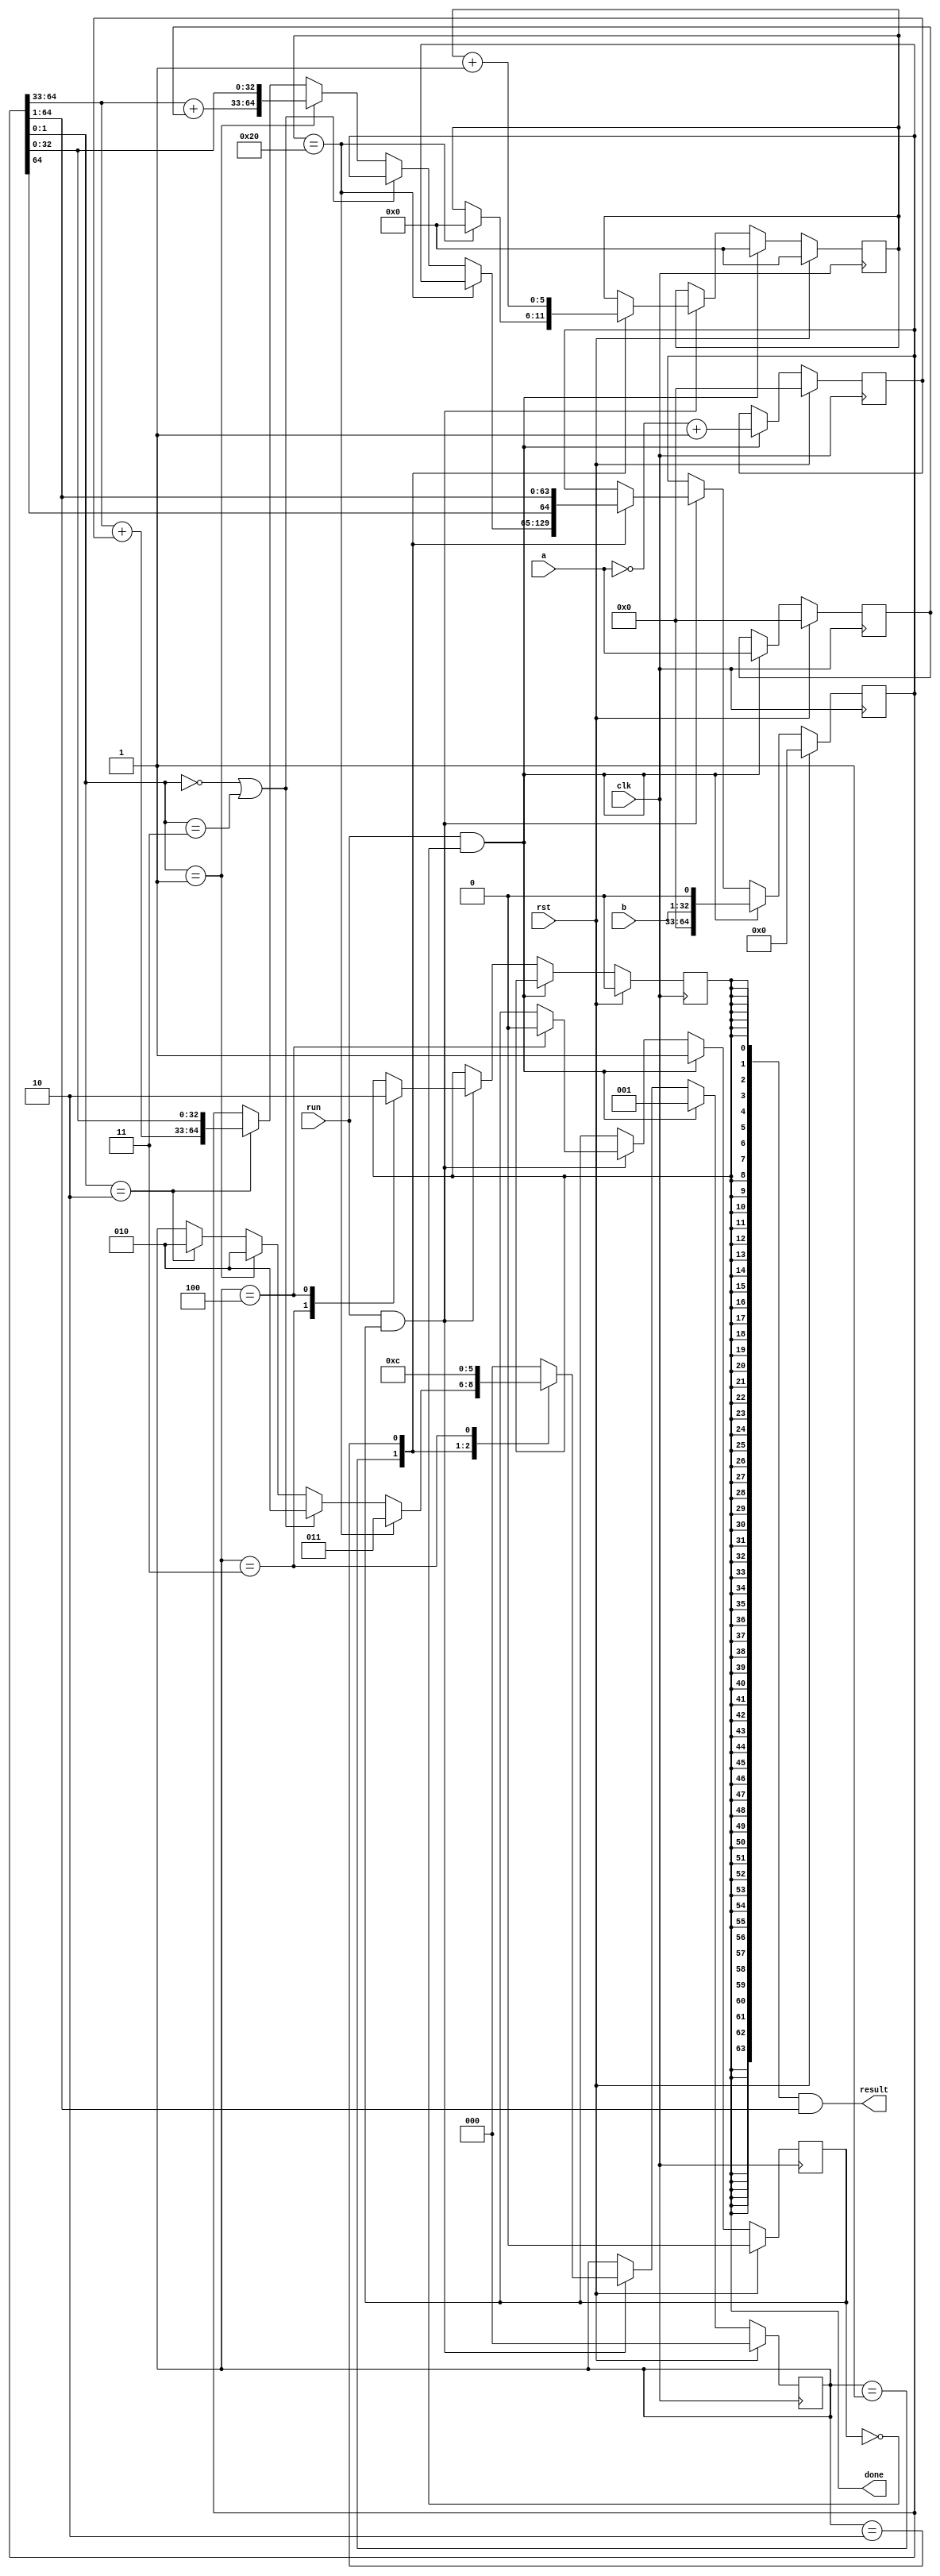
`timescale 10 ns / 1 ns
module mul(
	input clk,
	input rst,
	input [31:0] a,
	input [31:0] b,
	input run,
	output [63:0] result,
	output done
);
//booth 11 

	reg [2:0] i; //procedure
	reg [64:0] P; 
	reg [31:0] a_tmp;
	reg [31:0] a_rev;// complement code
	reg [5:0] cnt;// count the time of loop
	reg isDone;
	reg inWork;
	
	always @ (posedge clk)
	begin
		if(rst)
		begin
			i<=0;
			P<=0;
			a_tmp <=0;
			a_rev <=0;
			cnt <=0;
			isDone <=0;
			inWork <=0;
		end
		else if(run & ~inWork)//initial work
		begin
			inWork <=1;
			a_tmp <= a;
			a_rev <= ~a +1'b1;
			P <= {32'b0, b, 1'b0 };
			i <= 1;
			cnt <=0;
		end
		else if(run & inWork)
		begin
			case(i)
				//operate
				1:begin 
					if(cnt==32)
					begin
						cnt <=0;
						i <= 3;
					end
					else if( P[1:0] ==2'b00 | P[1:0] == 2'b11)
					begin
						P <= P;
						i <= 2;
					end
					else if( P[1:0] == 2'b01)
					begin
						P <= {P[64:33] + a_tmp , P[32:0]};
						i <= 2;
					end
					else if( P[1:0] == 2'b10)
					begin
						P <= {P[64:33] + a_rev , P[32:0]};
						i <= 2;
					end
				end
				//shift right
				2:begin
					P <= {P[64] ,P[64:1]};
					cnt <= cnt +1'b1;
					i <=1;
				end
				//done flag
				3:begin
					isDone <=1;
					i <= 4;
				end
				//refresh
				4:begin
					isDone <=0;
					inWork <=0;
					i <=0;
				end
				default:
					i <=0;
			endcase
		end
	end
	
	assign done =isDone;
	assign result = {64{done}} & P[64:1];
	
endmodule